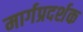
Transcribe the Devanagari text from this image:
मार्गप्रदर्शक